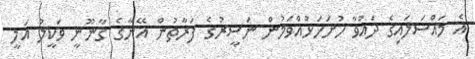
އެ މައްސަލައިގެ ދައުވާ ހުށަހަޅުއްވަމުން ނަސީރުގެ ފަރާތުން އޭނާގެ ގާނޫނީ ވަކީލު އަލީ